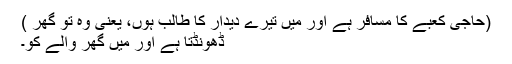
(حاجی کعبے کا مسافر ہے اور میں تیرے دیدار کا طالب ہوں، یعنی وہ تو گھر )
ڈھونڈتا ہے اور میں گھر والے کو۔